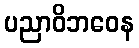
ပညာဝိဘဝေန